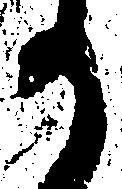
か